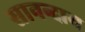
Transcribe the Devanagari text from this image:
सानन्दाय